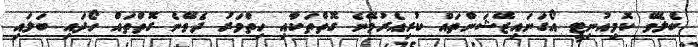
ބެލެވޭ ކޮމިއުނިޓީ އޯގަނައިޒޭޝަންތައް ކުރިއެރުވޭނެ ގޮތްތަކާއި ހިތްވަރު ދެވޭނެ ގޮތްތައް ހޯދައި ބަލައި